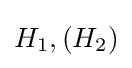
H_{1},(H_{2})